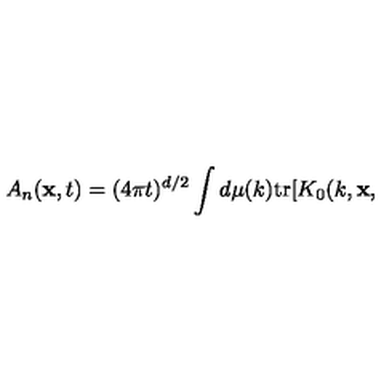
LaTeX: A _ { n } ( { \bf x } , t ) = ( 4 \pi t ) ^ { d / 2 } \int d \mu ( k ) \mathrm { t r } [ K _ { 0 } ( k , { \bf x , }